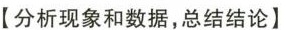
【分析现象和数据，总结结论】